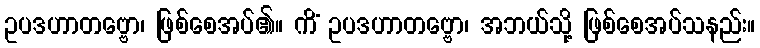
ဥပဒဟာတဗ္ဗော၊ ဖြစ်စေအပ်၏။ ကိံ ဥပဒဟာတဗ္ဗော၊ အဘယ်သို့ ဖြစ်စေအပ်သနည်း။